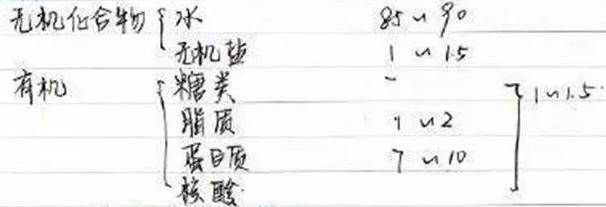
无机化合物
\[
\begin{cases}
\text{水} & 85 \sim 90\\
\text{无机盐} & 1 \sim 1.5
\end{cases}
\]
有机
\[
\begin{cases}
\text{糖类} & -\\
\text{脂质} & 1 \sim 2\\
\text{蛋白质} & 7 \sim 10\\
\text{核酸} & 1\sim1.5
\end{cases}
\]